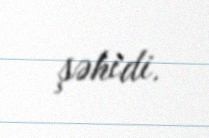
şəhidi.